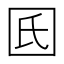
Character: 𡆿